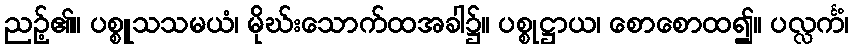
ညဉ့်၏။ ပစ္စူသသမယံ၊ မိုဃ်းသောက်ထအခါ၌။ ပစ္စုဋ္ဌာယ၊ စောစောထ၍။ ပလ္လင်္ကံ၊